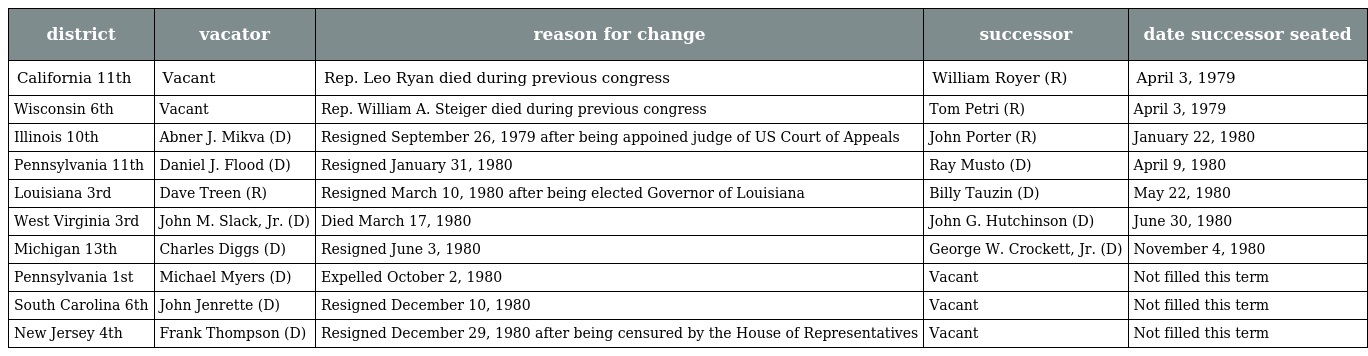
| district | vacator | reason for change | successor | date successor seated |
 | --- | --- | --- | --- | --- |
 | California 11th | Vacant | Rep. Leo Ryan died during previous congress | William Royer (R) | April 3, 1979 |
 | Wisconsin 6th | Vacant | Rep. William A. Steiger died during previous congress | Tom Petri (R) | April 3, 1979 |
 | Illinois 10th | Abner J. Mikva (D) | Resigned September 26, 1979 after being appoined judge of US Court of Appeals | John Porter (R) | January 22, 1980 |
 | Pennsylvania 11th | Daniel J. Flood (D) | Resigned January 31, 1980 | Ray Musto (D) | April 9, 1980 |
 | Louisiana 3rd | Dave Treen (R) | Resigned March 10, 1980 after being elected Governor of Louisiana | Billy Tauzin (D) | May 22, 1980 |
 | West Virginia 3rd | John M. Slack, Jr. (D) | Died March 17, 1980 | John G. Hutchinson (D) | June 30, 1980 |
 | Michigan 13th | Charles Diggs (D) | Resigned June 3, 1980 | George W. Crockett, Jr. (D) | November 4, 1980 |
 | Pennsylvania 1st | Michael Myers (D) | Expelled October 2, 1980 | Vacant | Not filled this term |
 | South Carolina 6th | John Jenrette (D) | Resigned December 10, 1980 | Vacant | Not filled this term |
 | New Jersey 4th | Frank Thompson (D) | Resigned December 29, 1980 after being censured by the House of Representatives | Vacant | Not filled this term |